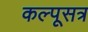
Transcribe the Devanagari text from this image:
कल्पूसत्र